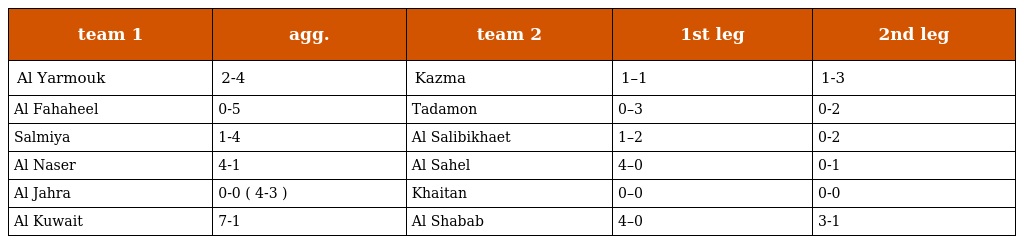
| team 1 | agg. | team 2 | 1st leg | 2nd leg |
 | --- | --- | --- | --- | --- |
 | Al Yarmouk | 2-4 | Kazma | 1–1 | 1-3 |
 | Al Fahaheel | 0-5 | Tadamon | 0–3 | 0-2 |
 | Salmiya | 1-4 | Al Salibikhaet | 1–2 | 0-2 |
 | Al Naser | 4-1 | Al Sahel | 4–0 | 0-1 |
 | Al Jahra | 0-0 ( 4-3 ) | Khaitan | 0–0 | 0-0 |
 | Al Kuwait | 7-1 | Al Shabab | 4–0 | 3-1 |